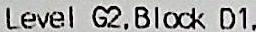
LEVEL G2, BLOCK D1.